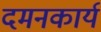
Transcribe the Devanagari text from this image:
दमनकार्य